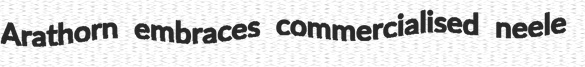
Arathorn embraces commercialised neele